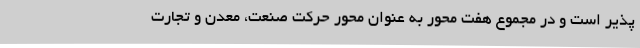
پذیر است و در مجموع هفت محور به عنوان محور حرکت صنعت، معدن و تجارت